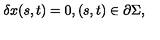
\delta x ( s , t ) = 0 , ( s , t ) \in \partial \Sigma ,